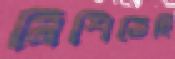
মিশিতেছি